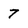
Character: 7